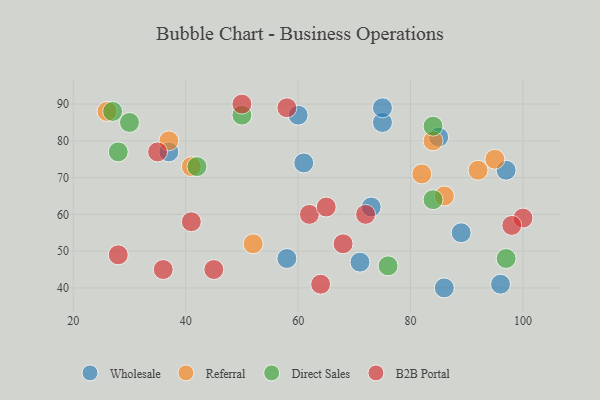
{"axis": {"x": "GDP", "y": "Life Expectancy"}, "legend": ["B2B Portal", "Direct Sales", "Referral", "Wholesale"], "data": [{"x": "75", "y": 85, "type": "Wholesale"}, {"x": "86", "y": 40, "type": "Wholesale"}, {"x": "58", "y": 48, "type": "Wholesale"}, {"x": "85", "y": 81, "type": "Wholesale"}, {"x": "61", "y": 74, "type": "Wholesale"}, {"x": "96", "y": 41, "type": "Wholesale"}, {"x": "60", "y": 87, "type": "Wholesale"}, {"x": "75", "y": 89, "type": "Wholesale"}, {"x": "71", "y": 47, "type": "Wholesale"}, {"x": "37", "y": 77, "type": "Wholesale"}, {"x": "73", "y": 62, "type": "Wholesale"}, {"x": "89", "y": 55, "type": "Wholesale"}, {"x": "97", "y": 72, "type": "Wholesale"}, {"x": "92", "y": 72, "type": "Referral"}, {"x": "37", "y": 80, "type": "Referral"}, {"x": "95", "y": 75, "type": "Referral"}, {"x": "84", "y": 80, "type": "Referral"}, {"x": "82", "y": 71, "type": "Referral"}, {"x": "41", "y": 73, "type": "Referral"}, {"x": "52", "y": 52, "type": "Referral"}, {"x": "26", "y": 88, "type": "Referral"}, {"x": "86", "y": 65, "type": "Referral"}, {"x": "42", "y": 73, "type": "Direct Sales"}, {"x": "76", "y": 46, "type": "Direct Sales"}, {"x": "97", "y": 48, "type": "Direct Sales"}, {"x": "84", "y": 64, "type": "Direct Sales"}, {"x": "28", "y": 77, "type": "Direct Sales"}, {"x": "84", "y": 84, "type": "Direct Sales"}, {"x": "50", "y": 87, "type": "Direct Sales"}, {"x": "27", "y": 88, "type": "Direct Sales"}, {"x": "30", "y": 85, "type": "Direct Sales"}, {"x": "36", "y": 45, "type": "B2B Portal"}, {"x": "45", "y": 45, "type": "B2B Portal"}, {"x": "68", "y": 52, "type": "B2B Portal"}, {"x": "50", "y": 90, "type": "B2B Portal"}, {"x": "64", "y": 41, "type": "B2B Portal"}, {"x": "72", "y": 60, "type": "B2B Portal"}, {"x": "62", "y": 60, "type": "B2B Portal"}, {"x": "65", "y": 62, "type": "B2B Portal"}, {"x": "41", "y": 58, "type": "B2B Portal"}, {"x": "58", "y": 89, "type": "B2B Portal"}, {"x": "100", "y": 59, "type": "B2B Portal"}, {"x": "28", "y": 49, "type": "B2B Portal"}, {"x": "98", "y": 57, "type": "B2B Portal"}, {"x": "35", "y": 77, "type": "B2B Portal"}]}